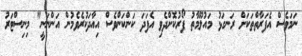
ނަމަވެސް އެފަރާތްތަކަށް ރަނގަޅު މައުލޫމާތު ފޯރުކޮށްދެވި އެފަދަ ކަންކަންވެސް އިއާދަކުރެވެމުން އަންނަނީ" މިނިސްޓަރު